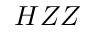
H Z Z